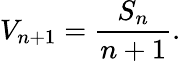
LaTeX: V_{n+1}={\frac{S_{n}}{n+1}}.